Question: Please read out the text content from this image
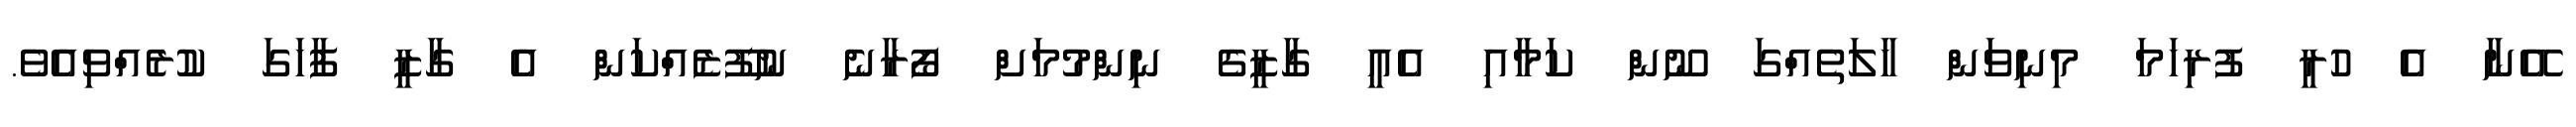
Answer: އޭނާ އެ ހުރީ ފުރިހަމަ މިނިވަން ހާލަތެއްގަ ނޫން ކަމާއި އެއީ ގާޒީގެ ނިންމުމަށް ފޯރާނެ ނުފޫޒެއްކަން އެ ގާޒީ ފާހަގަ ކުރެއްވިއެވެ.